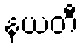
နယတီ